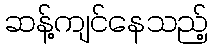
ဆန့်ကျင်နေသည့်